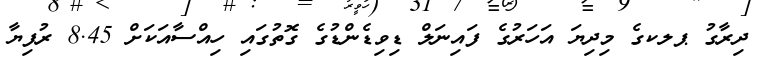
ދިރާގު ޕލކގެ މިދިޔަ އަހަރުގެ ފައިނަލް ޑިވިޑެންޑުގެ ގޮތުގައި ހިއްސާއަކަށް 8.45 ރުފިޔާ